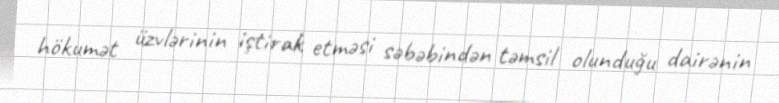
hökumət üzvlərinin iştirak etməsi səbəbindən təmsil olunduğu dairənin